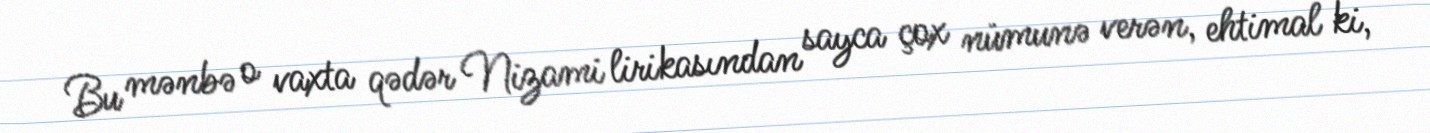
Bu mənbə o vaxta qədər Nizami lirikasından sayca çox nümunə verən, ehtimal ki,